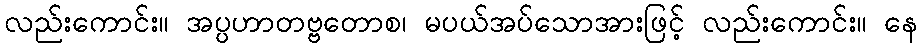
လည်းကောင်း။ အပ္ပဟာတဗ္ဗတောစ၊ မပယ်အပ်သောအားဖြင့် လည်းကောင်း။ နေ